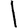
Digit: 1